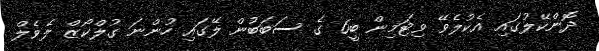
ދޮންކޭލުގައި އެކުލެވޭ ވިޓަމިން ބީ6 ގެ ސަބަބުން ލޭގައި ހުންނަ ގުލްކޯޒް ލެވެލް